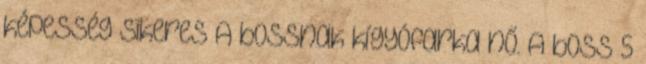
képesség sikeres A bossnak kígyófarka nő. A boss 5